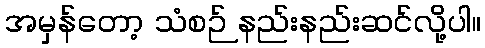
အမှန်တော့ သံစဉ် နည်းနည်းဆင်လို့ပါ။